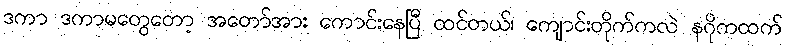
ဒကာ ဒကာမတွေတော့ အတော်အား ကောင်းနေပြီ ထင်တယ်၊ ကျောင်းတိုက်ကလဲ နဂိုကထက်